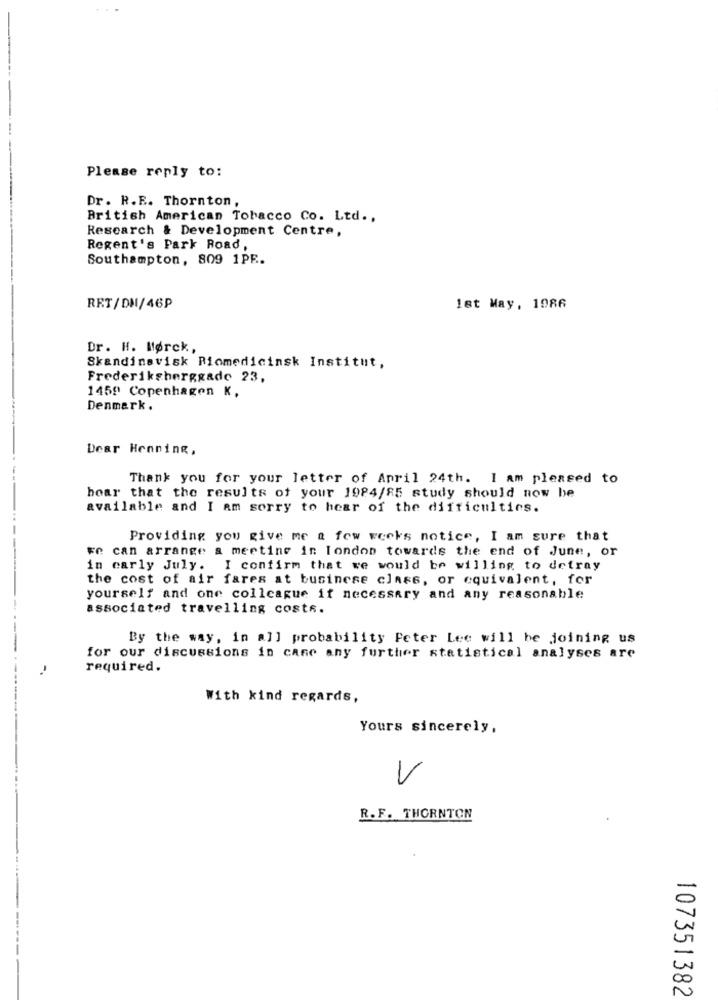
Please reply to:
Dr. R.E. Thornton,
British American Tobacco Co. Ltd .,
Research & Development Centre,
Regent's Park Road,
Southampton, 809 1PE.
RET/DM/46P
Ist May, 1986
Dr. H. Mørck,
Skandinavisk Biomedicinsk Institut,
Frederiksberggado 23.
1459 Copenhagen K,
Denmark.
Dear Henning,
Thank you for your letter of April 24th. I am pleased to
hoar that the results of your 1984/85 study should now be
available and I am sorry to hear of the difficulties.
Providing you give me a few weeks notice, I am sure that
Fe can arrange a meeting in london towards the end of June, or
in early July. I confirm that we would be willing to detray
the cost of air fares at business class, or equivalent, for
yourself and one colleague if necessary and any reasonable
associated travelling costs.
By the way, in all probability Peter Lee will be joining us
for our discussions in case any further statistical analyses are
required.
With kind regards,
Yours sincerely,
V
R. F. THORNTON
107351382